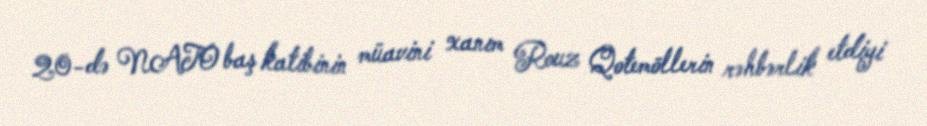
20-də NATO baş katibinin müavini xanım Rouz Qotemöllerin rəhbərlik etdiyi